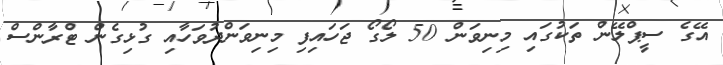
އޭގެ ސީޕްލޭން ތަކުގައި މިނިވަން 50 ލޯގޯ ޖަހައިފި މިނިވަންދުވަހާއި ގުޅިގެން ޓްރާންސް